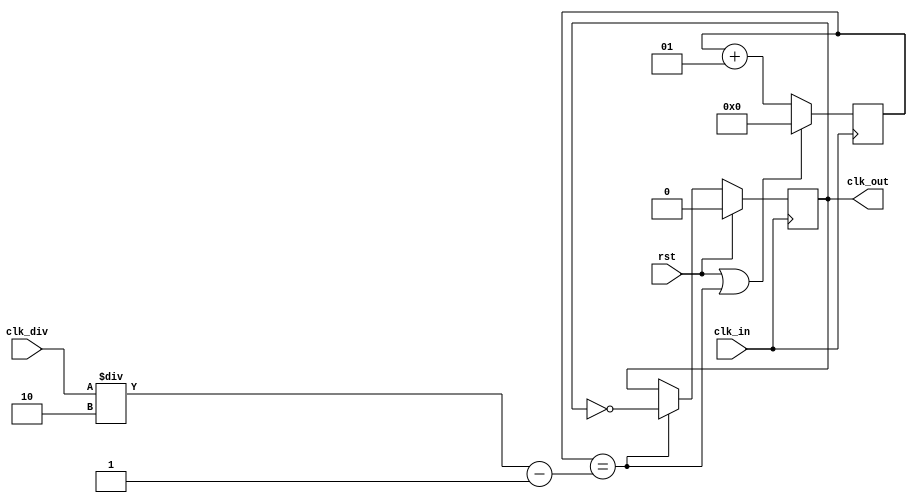

module clk_divider
(
    input  wire          clk_in,
    input  wire          rst,
    input  wire [31 : 0] clk_div,
    output reg           clk_out
);

    integer TC;
    integer count;

    always @*
        TC = (clk_div / 2) - 1;

    wire terminate = (count == TC);

    always @( posedge clk_in )
    begin
        if (rst || terminate)
            count <= 0;
        else
            count <= count + 1;
        
        if (rst)
            clk_out <= 0;
        else if (terminate)
            clk_out <= ~clk_out;
    end

endmodule // clk_divider